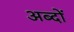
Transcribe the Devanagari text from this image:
अब्दों